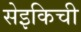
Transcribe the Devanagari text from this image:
सेइकिची